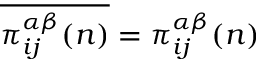
\overline { { \pi _ { i j } ^ { \alpha \beta } ( n ) } } = \pi _ { i j } ^ { \alpha \beta } ( n )